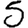
Digit: 5